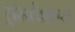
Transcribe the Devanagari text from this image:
ट्रांसलेशन्स